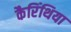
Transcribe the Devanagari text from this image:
कैरिंथिया